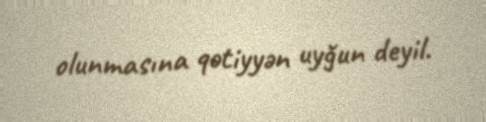
olunmasına qətiyyən uyğun deyil.